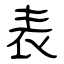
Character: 表